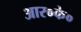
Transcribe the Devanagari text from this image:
आर०के०